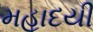
મહાદયી